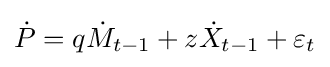
{\dot {P}}=q{\dot {M}}_{t-1}+z{\dot {X}}_{t-1}+\varepsilon _{t}